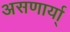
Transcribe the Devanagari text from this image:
असणार्या्